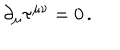
\partial _ { \mu } \tau ^ { \mu \nu } = 0 \, .